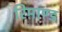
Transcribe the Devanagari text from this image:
रिमाण्ड